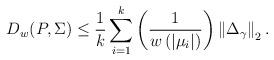
LaTeX: \begin{align*} D_w(P,\Sigma ) \le \frac{1}{k} \sum\limits_{i = 1}^k {\left( {\frac{1}{{w\left( {\left| {{\mu _i}} \right|} \right)}}} \right)\left\| \Delta_\gamma \right\|_2 . }\end{align*}